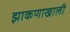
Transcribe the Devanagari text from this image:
झाकणाखाली